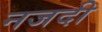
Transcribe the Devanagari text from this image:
नजदी